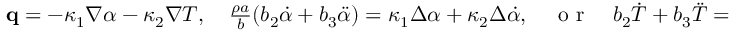
\begin{array} { r } { \mathbf q = - \kappa _ { 1 } \nabla \alpha - \kappa _ { 2 } \nabla T , \quad \frac { \rho a } { b } ( b _ { 2 } \dot { \alpha } + b _ { 3 } \ddot { \alpha } ) = \kappa _ { 1 } \Delta \alpha + \kappa _ { 2 } \Delta \dot { \alpha } , \quad \textrm { o r } \quad b _ { 2 } \dot { T } + b _ { 3 } \ddot { T } = \frac { b } { \rho a } ( \kappa _ { 1 } \Delta T + \kappa _ { 2 } \Delta \dot { T } ) , } \end{array}